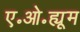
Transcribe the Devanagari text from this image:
ए॰ओ॰ह्यूम